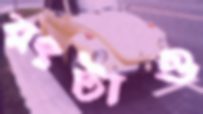
রংটাও